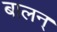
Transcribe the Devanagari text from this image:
बालन्